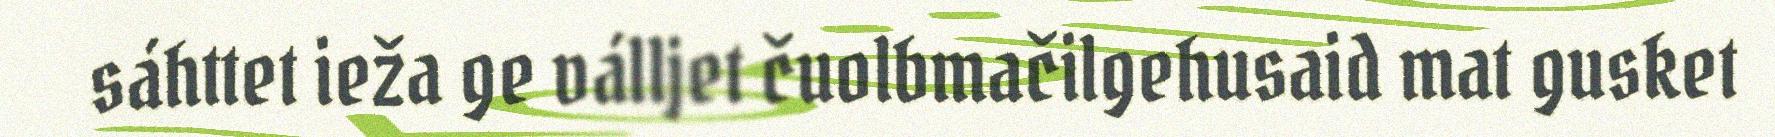
sáhttet ieža ge válljet čuolbmačilgehusaid mat gusket